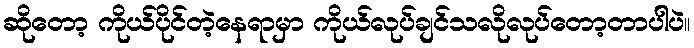
ဆိုတော့ ကိုယ်ပိုင်တဲ့နေရာမှာ ကိုယ်လုပ်ချင်သလိုလုပ်တော့တာပါပဲ။